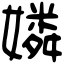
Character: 嫾